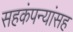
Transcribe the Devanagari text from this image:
सहकंपन्यांसह